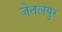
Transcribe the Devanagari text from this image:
जेतलपुर